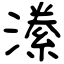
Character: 潫